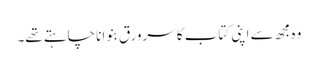
وہ مجھ سے اپنی کتاب کا سرورق بنوانا چاہتے تھے۔